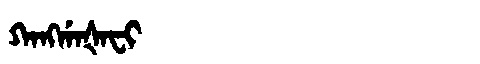
Manchu: ᡴᠠᠩᡤᠠᡧᠠᠸᡳ
Romanization: KANGGAŠAFI